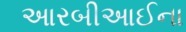
આરબીઆઈના